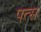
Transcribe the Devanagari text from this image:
पत्स